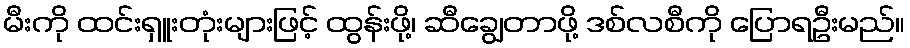
မီးကို ထင်းရှူးတုံးများဖြင့် ထွန်းဖို့၊ ဆီချွေတာဖို့ ဒစ်လစီကို ပြောရဦးမည်။